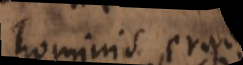
hominis erga